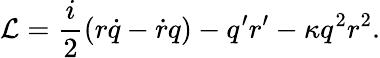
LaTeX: {\cal L}=\frac{i}{2}(r\dot{q}-\dot{r}q)-q^{\prime}r^{\prime}-\kappa q^{2}r^{2}.